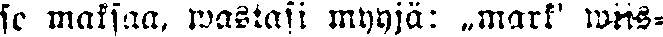
se maksaa, wastasi myyjä: „mark' wiis-